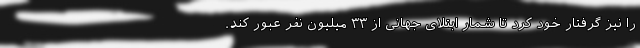
را نیز گرفتار خود کرد تا شمار ابتلای جهانی از ۳۳ میلیون نفر عبور کند.